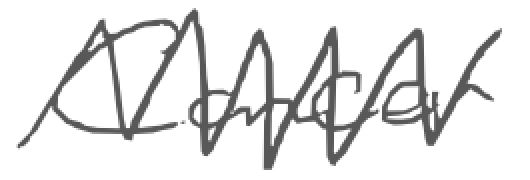
Text: Cancer
Cross-out: zig-zag
Writing tool: digital_gray